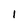
Character: l